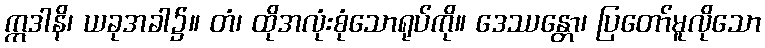
ဣဒါနိ၊ ယခုအခါ၌။ တံ၊ ထိုအလုံးစုံသောရုပ်ကို။ ဒေဿန္တော၊ ပြတော်မူလိုသော